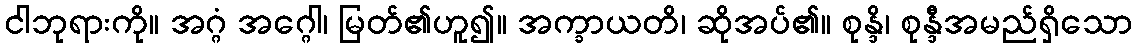
ငါဘုရားကို။ အဂ္ဂံ အဂ္ဂေါ၊ မြတ်၏ဟူ၍။ အက္ခာယတိ၊ ဆိုအပ်၏။ စုန္ဒိ၊ စုန္ဒီအမည်ရှိသော